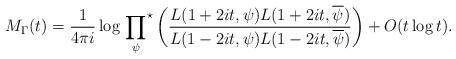
LaTeX: \begin{align*}M_{\Gamma}(t) = \frac{1}{4\pi i} \log \sideset{}{^{\star}} \prod_{\psi} \left(\frac{L(1+2it, \psi) L(1+2it, \overline{\psi})}{L(1-2it, \psi) L(1-2it, \overline{\psi})} \right)+O(t \log t).\end{align*}